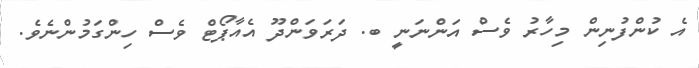
އެ ކުންފުނިން މިހާރު ވެސް އަންނަނީ ބ. ދަރަވަންދޫ އެއާޕޯޓް ވެސް ހިންގަމުންނެވެ.